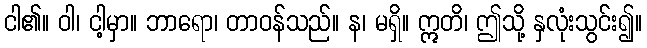
ငါ၏။ ဝါ၊ ငါ့မှာ။ ဘာရော၊ တာဝန်သည်။ န၊ မရှိ။ ဣတိ၊ ဤသို့ နှလုံးသွင်း၍။